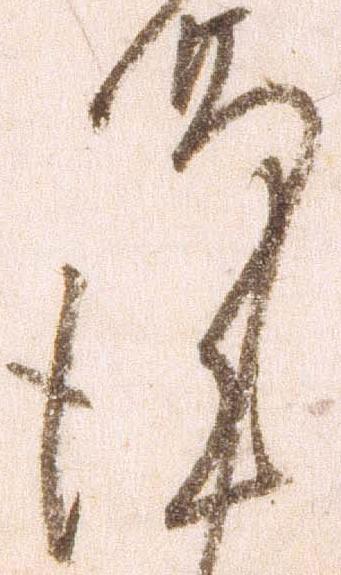
謹